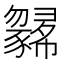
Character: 𢑼